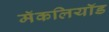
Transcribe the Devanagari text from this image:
मॅकलियॉड